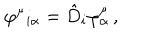
\varphi ^ { \mu } { } _ { i \alpha } = \hat { D } _ { i } \varphi _ { \alpha } ^ { \mu } \, ,